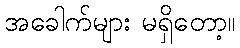
အခေါက်များ မရှိတော့။